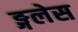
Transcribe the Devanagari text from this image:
ङ्गलेस